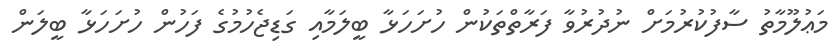
މަޢުލޫމާތު ސާފުކުރުމަށް ނުދުރުވާ ފަރާތްތަކުން ހުށަހަޅާ ބީލަމާއި ގަޑިޖެހުމުގެ ފަހުން ހުށަހަޅާ ބީލަން